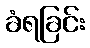
ခံရခြင်း